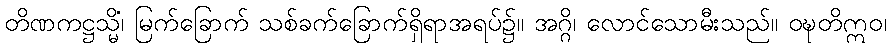
တိဏကဋ္ဌသ္မိံ၊ မြက်ခြောက် သစ်ခက်ခြောက်ရှိရာအရပ်၌။ အဂ္ဂိ၊ လောင်သောမီးသည်။ ဝဍ္ဎတိဣဝ၊